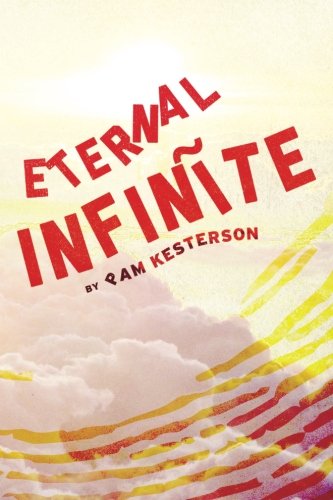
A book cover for Eternal Infinite (Infinite Series) (Volume 1); Pam Kesterson; Science Fiction & Fantasy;